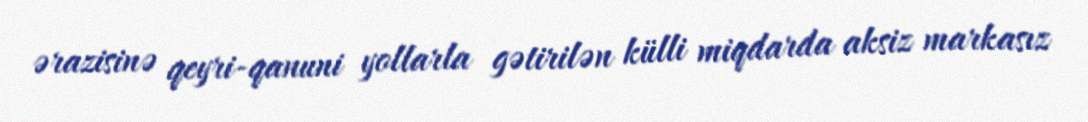
ərazisinə qeyri-qanuni yollarla gətirilən külli miqdarda aksiz markasız